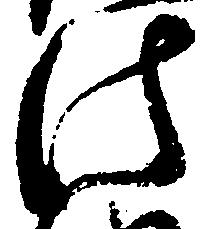
法